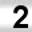
Digit: 2